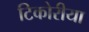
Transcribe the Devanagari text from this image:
टिकोरीया